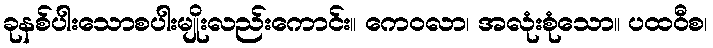
ခုနစ်ပါးသောစပါးမျိုးလည်းကောင်း။ ကေဝလာ၊ အလုံးစုံသော။ ပထဝီစ၊